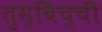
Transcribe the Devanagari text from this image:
तुम्बिच्ची